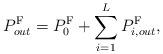
LaTeX: \begin{align*}P^{\textrm{F}}_{out} = P^{\textrm{F}}_0 + \sum\limits_{i=1}^LP^{\textrm{F}}_{i,out},\end{align*}